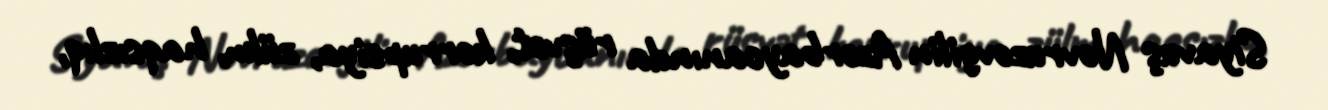
Siyavuş Novruzovgilin Azərbaycanında rüşvət, korrupsiya, zülm, haqsızlıq,